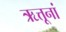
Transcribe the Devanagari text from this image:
ऋत्तूनां